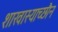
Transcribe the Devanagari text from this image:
शाखास्याच्छौन